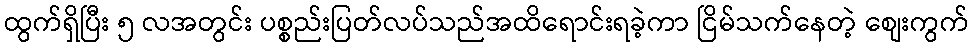
ထွက်ရှိပြီး ၅ လအတွင်း ပစ္စည်းပြတ်လပ်သည်အထိရောင်းရခဲ့ကာ ငြိမ်သက်နေတဲ့ စျေးကွက်